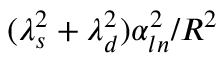
( \lambda _ { s } ^ { 2 } + \lambda _ { d } ^ { 2 } ) \alpha _ { l n } ^ { 2 } / R ^ { 2 }